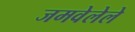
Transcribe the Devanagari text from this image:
जमवेलेले